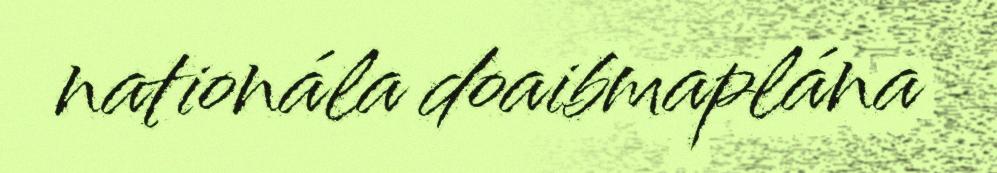
nationála doaibmaplána